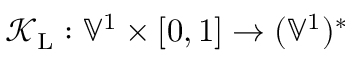
\mathcal { K } _ { \mathrm { L } } : \mathbb { V } ^ { 1 } \times [ 0 , 1 ] \to ( \mathbb { V } ^ { 1 } ) ^ { * }